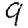
Digit: 9